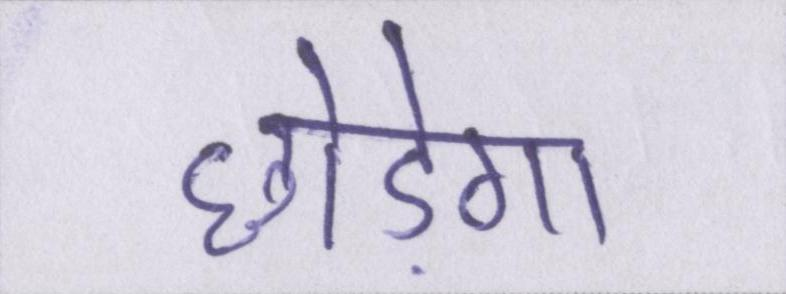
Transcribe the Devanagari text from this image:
छोड़ेगा